Indian Civil Veterinary Department memoirs
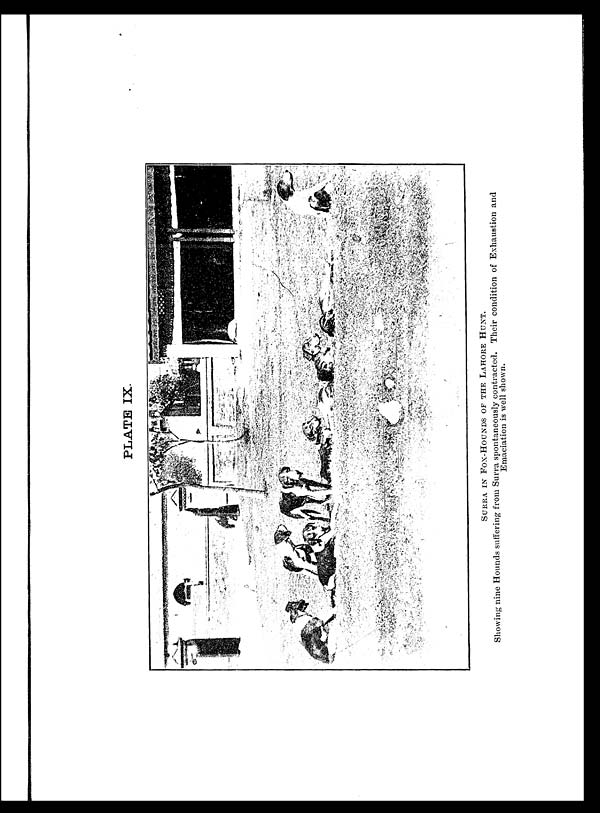
PLATE IX.
SURRA IN FOX-HOUNDS OF THE LAHORE HUNT.
Showing nine Hounds suffering from Surra spontaneously contracted. Their condition of Exhaustion and
Emaciation is well shown.